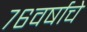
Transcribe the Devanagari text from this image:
७६वर्षाचे